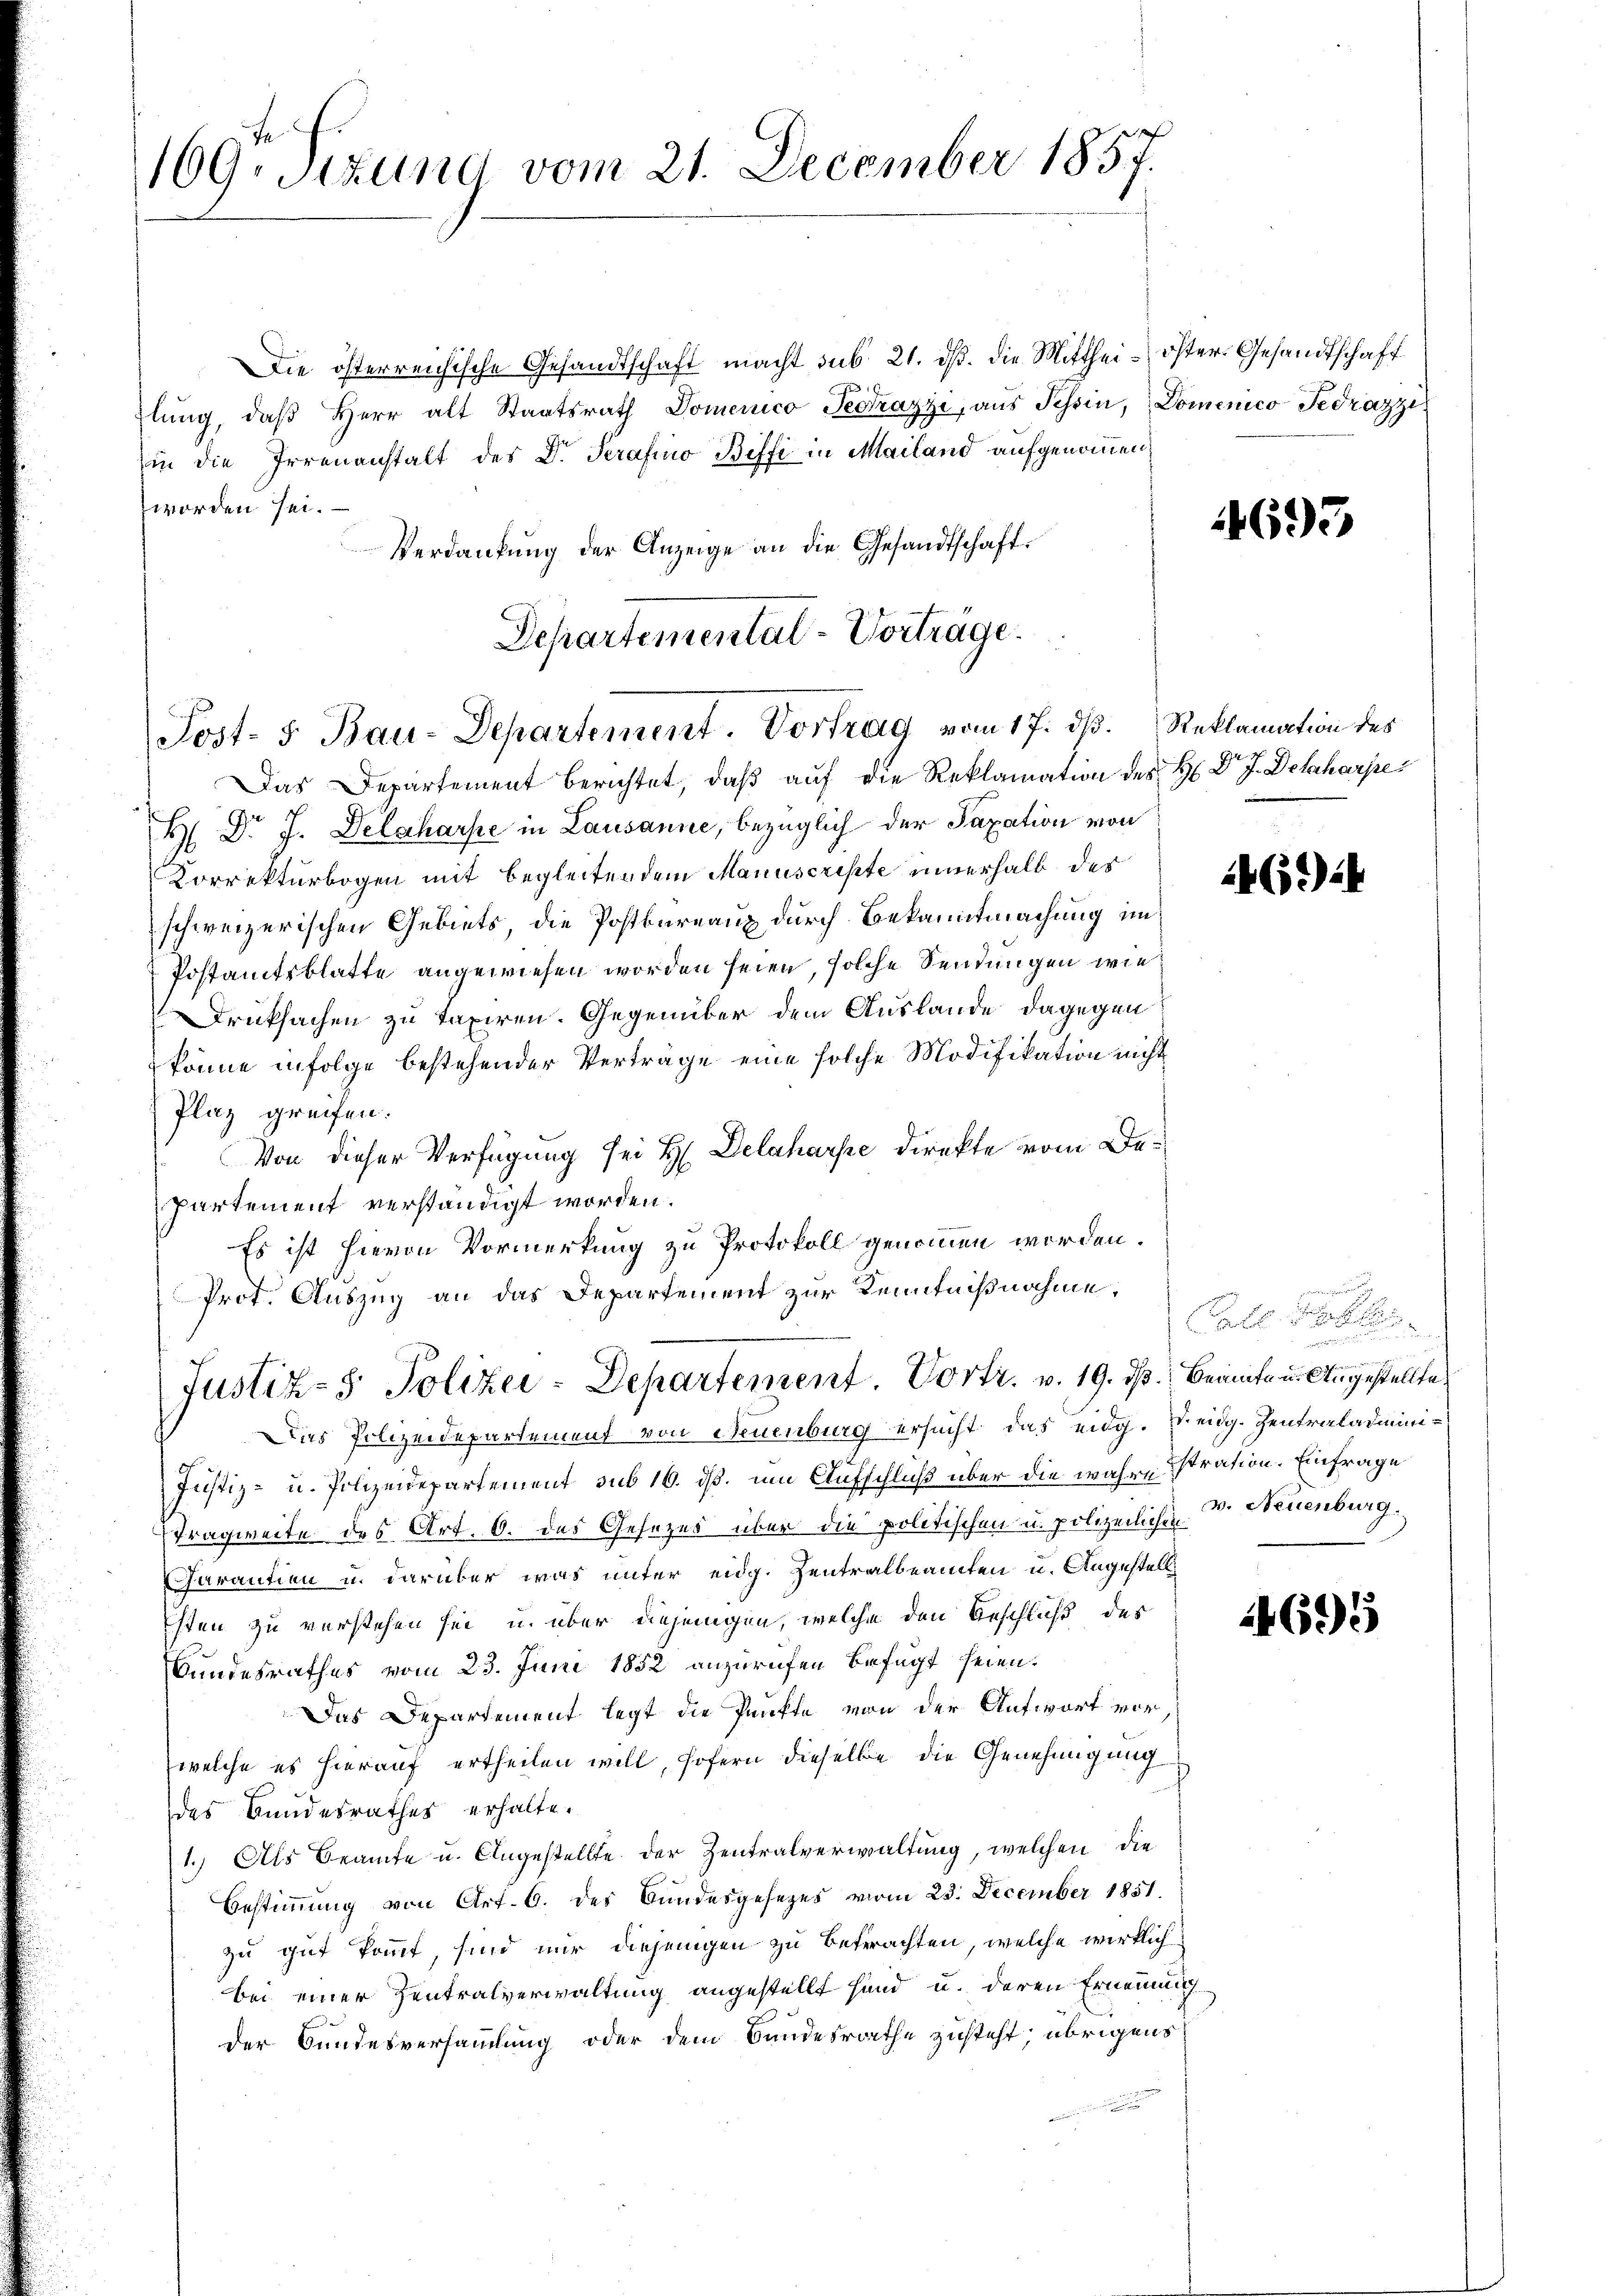
te
169. Sizung vom 21. December 1857.

Die österreichische Gesandtschaft macht sub 21. ds. die Mitthei- öster. Gesandtschaft
lŭng, daβ Herr alt Staatsrath Domenico Pectrazzi, aŭs Tessin, Dominico Fedrazzi
in die Irrenanstalt des Dr. Serafino Biffi in Mailand aufgenommen,
worden sei.
Verdankung der Anzeige an die Gesandtschaft.
Das Departement berichtet, daß auf die Reklamation des H. Dr. J. Detaharpe
H Dr. J. Delaharpe in Lausanne, bezüglich der Taxation von
Korrekturbogen mit begleitendem Manuscripte innerhalb des
schweizerischen Gebiets, die Postbureaux durch Bekanntmachung im
Postamtsblatte angewiesen worden seien, solche Sendungen wie
Drucksachen zu taxiren. Gegenüber dem Auslande dagegen
könne infolge bestehender Verträge eine solche Modifikation nicht
Plaz greifen.
Von dieser Verfügung sei H. Delaharpe direkte vom De¬
Partement verständigt worden.
Es ist hievon Vormerkung zu Protokoll genommen werden.
Prot. Auszug an das Departement zur Kenntnißnahme;
Justiz- & Polizei-Departement. Vortr. v. 19. ds. Beamte u. Angestellte
Dies Polizeidepartement von Neuenburg ersucht das eidg. T. eidg. Zentraladmini¬
Justiz- u. Polizeidepartement sub 16. ds. um Aufschluß über die wahre stration. Einfrage
Tragweite des Art. 6. das Gesezes über die politischen u. polizeilichen Dr. Neuenburg.
Carantien u. darüber was unter eidg. Zentralbeamten u. Angestellsten zu verstehen sei, u. über diejenigen, welche den Beschluß des
Bundesrathes vom 23. Juni 1852 anzurufen befugt seien.
Das Departement legt die Punkte von der Aufwort vor,
welche es hierauf ertheilen will, sofern dieselbe die Genehmigung
des Bundesrathes erhalte.
1.) Als Beamte u. Angestellte der Zentralverwaltung, welchen die
Bestimmung von Art. 6. des Bundesgesezes vom 23. December 1851.
zu gut kommt, sind nur diejenigen zu Betrachten, welche wirklich
bei einer Zentralverwaltung angestellt sind, u. deren Ernennun
der Bundesversammlung oder dem Bandesrathe zusteht; übrigens

Departemental-Vorträge.
Post- 5. Bau-Departement. Vortrag vom 17. ds. Reklamation des

693

694

e

u

4695